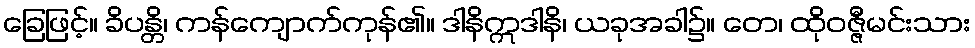
ခြေဖြင့်။ ခိပန္တိ၊ ကန်ကျောက်ကုန်၏။ ဒါနိဣဒါနိ၊ ယခုအခါ၌။ တေ၊ ထိုဝဇ္ဇီမင်းသား